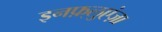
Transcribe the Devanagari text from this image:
इनफ़्लुएंज़ा